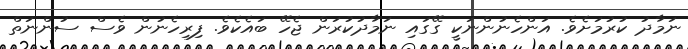
ނަމާދު ކުރުމަށެވެ. އަންހެނުންނަކީ ގޭގައި ނަމާދުކުރަން ޖެހޭ ބައެކެވެ. ފިރިހެނުން ވެސް ސުންނަތް